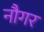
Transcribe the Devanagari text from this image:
नौगर